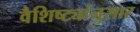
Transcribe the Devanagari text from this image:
वैशिष्ट्यांनुसार